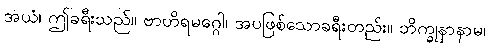
အယံ၊ ဤခရီးသည်။ ဗာဟိရမဂ္ဂေါ၊ အပဖြစ်သောခရီးတည်း။ ဘိက္ခုနာနာမ၊